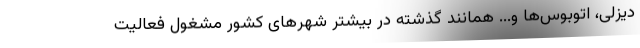
دیزلی، اتوبوس‌ها و... همانند گذشته در بیشتر شهرهای کشور مشغول فعالیت